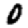
Digit: 0